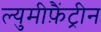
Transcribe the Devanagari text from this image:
ल्युमीफ़ैंट्रीन